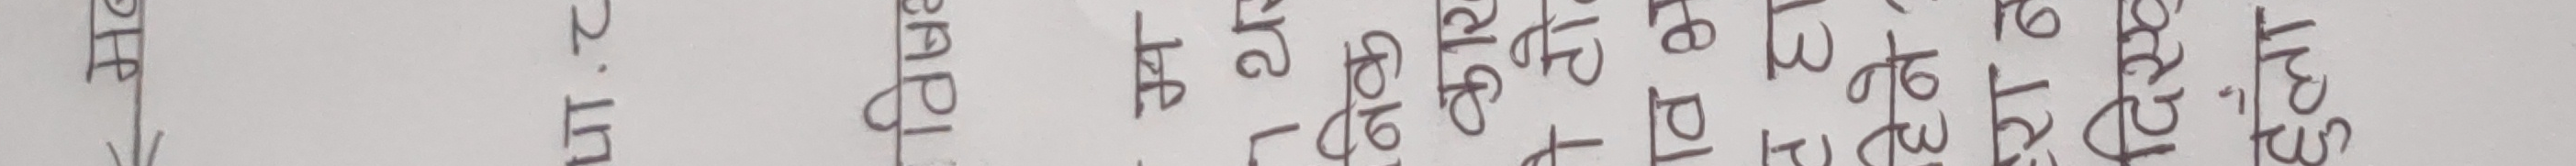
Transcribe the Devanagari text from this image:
मब
था.८
र्रिपब
म
निक
कार
ोटो.
विभ
हेने?
रान
दिएक
हुला